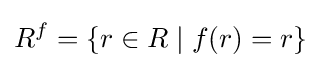
R^{f}=\{r\in R\mid f(r)=r\}